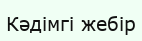
Кәдімгі жебір